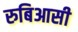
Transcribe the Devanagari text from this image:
रुबिआसी